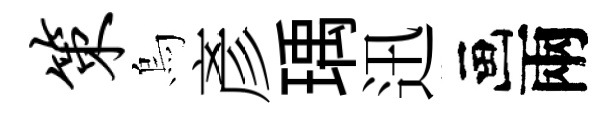
策烏彥瑀迅画兩